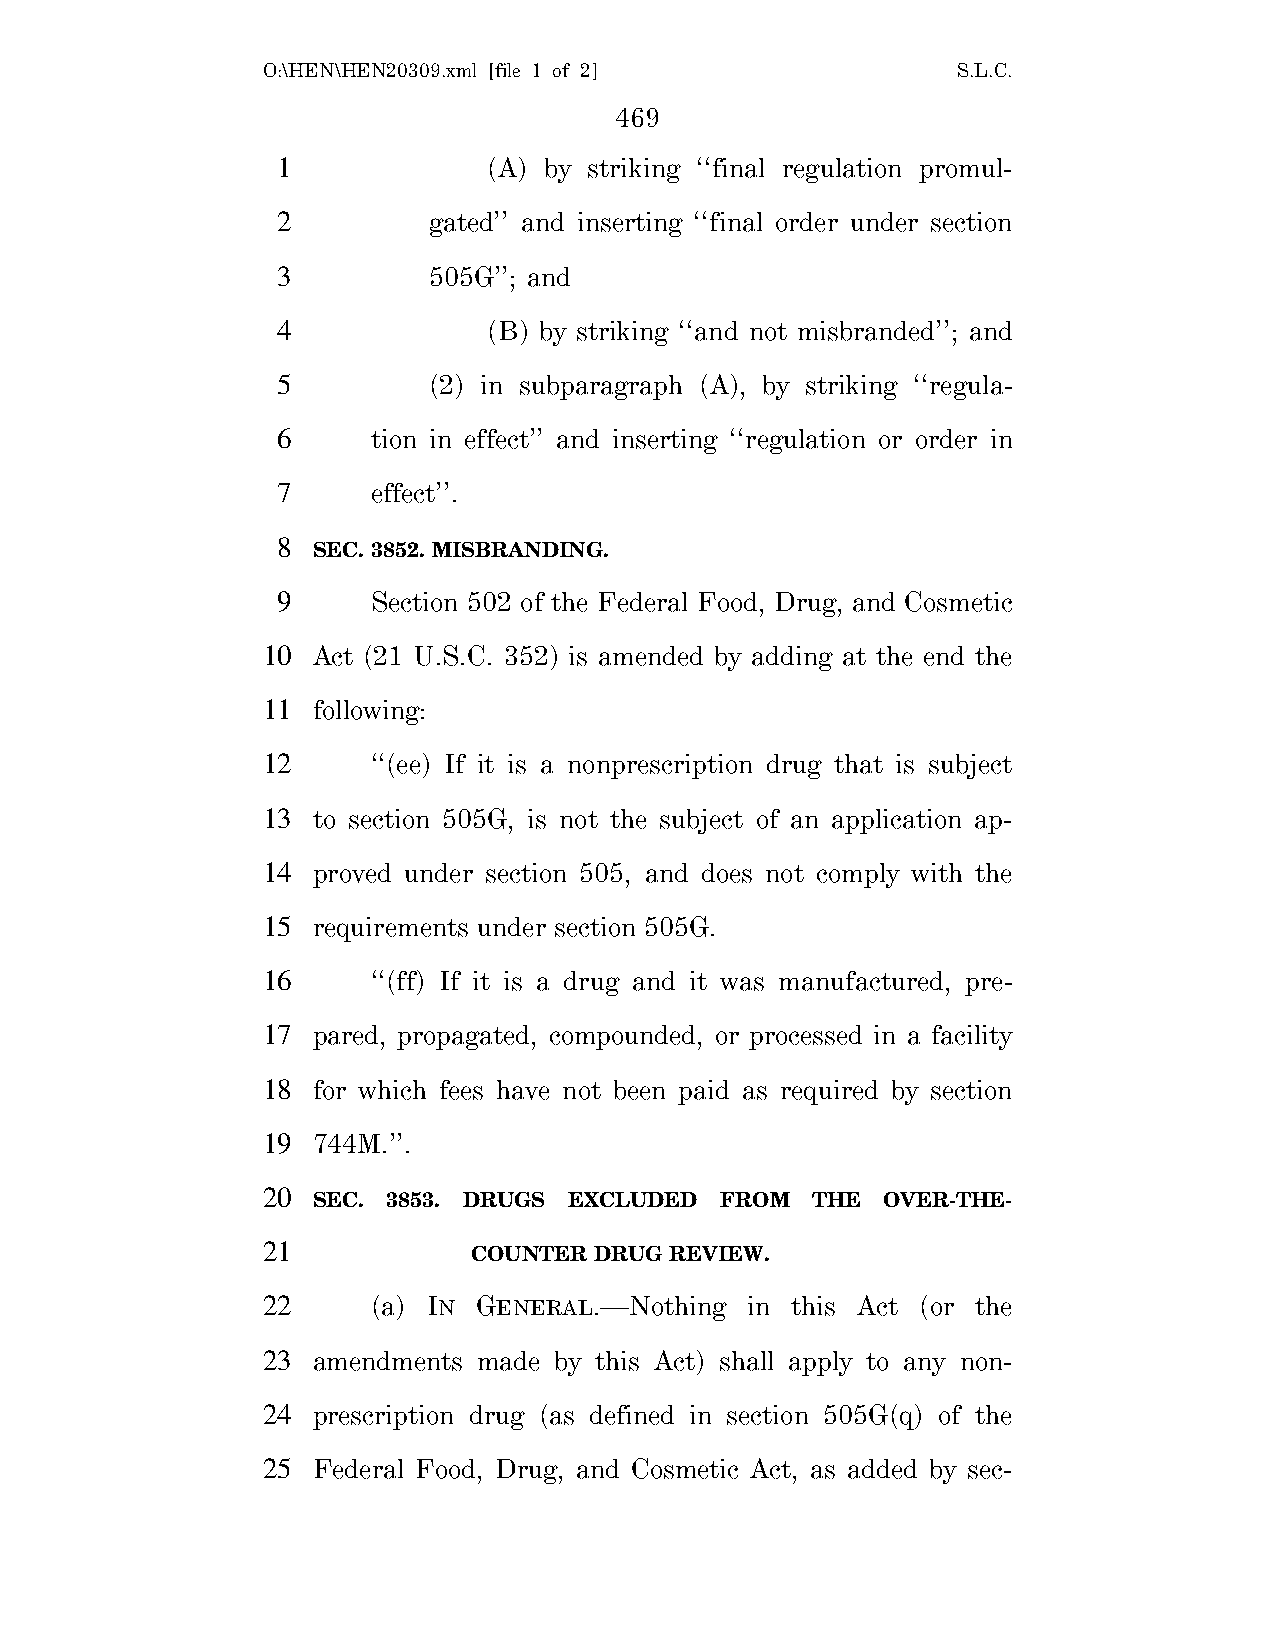
O:\HEN\HEN20309.xml [file 1 of 2]             S.L.C.
 469
 1             (A) by striking ‘‘final regulation promul-
 2         gated’’ and inserting ‘‘final order under section
 3         505G’’; and
 4             (B) by striking ‘‘and not misbranded’’; and
 5         (2) in subparagraph (A), by striking ‘‘regula-
 6      tion in effect’’ and inserting ‘‘regulation or order in
 7      effect’’.
 8
 SEC. 3852. MISBRANDING.
 9      Section 502 of the Federal Food, Drug, and Cosmetic
 10  Act (21 U.S.C. 352) is amended by adding at the end the
 11  following:
 12      ‘‘(ee) If it is a nonprescription drug that is subject
 13  to section 505G, is not the subject of an application ap-
 14  proved under section 505, and does not comply with the
 15  requirements under section 505G.
 16      ‘‘(ff) If it is a drug and it was manufactured, pre-
 17  pared, propagated, compounded, or processed in a facility
 18  for which fees have not been paid as required by section
 19  744M.’’.
 20
 SEC. 3853. DRUGS EXCLUDED  FROM  THE  OVER-THE-
 21
 COUNTER DRUG REVIEW.
 22      (a) IN GENERAL.—Nothing  in this Act (or the
 23  amendments made by this Act) shall apply to any non-
 24  prescription drug (as defined in section 505G(q) of the
 25  Federal Food, Drug, and Cosmetic Act, as added by sec-